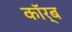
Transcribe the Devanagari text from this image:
कॉर्ब